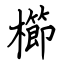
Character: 櫛